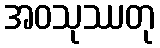
အဝသုဿတု